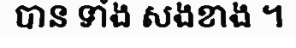
បាន ទាំង សងខាង ។